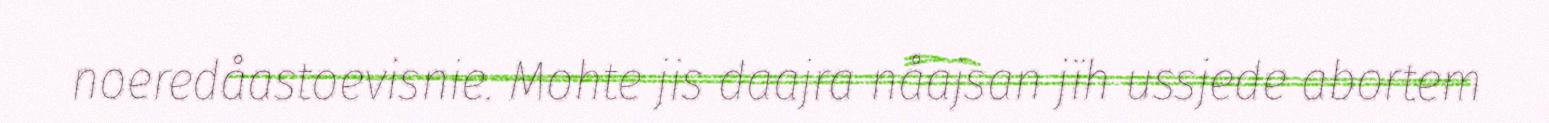
noeredåastoevisnie. Mohte jis daajra nåajsan jïh ussjede abortem